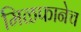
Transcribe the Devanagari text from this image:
मिळफानेच